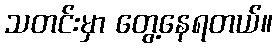
သတင်းမှာ တွေ့နေရတယ်။